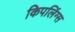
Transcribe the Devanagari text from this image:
किपलिंग्स